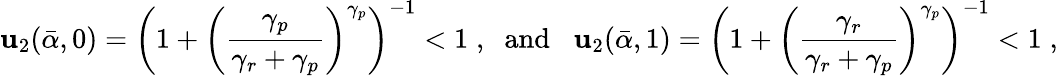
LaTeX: \mathbf{u}_{2}(\bar{{\alpha}},0)=\left(1+\left(\frac{{\gamma_{p}}}{{\gamma_{r}+\gamma_{p}}}\right)^{\gamma_{p}}\right)^{-1}<1\; ,\; \; {\mathrm{{and}}}\; \; \; \mathbf{u}_{2}(\bar{{\alpha}},1)=\left(1+\left(\frac{{\gamma_{r}}}{{\gamma_{r}+\gamma_{p}}}\right)^{\gamma_{p}}\right)^{-1}<1\; ,